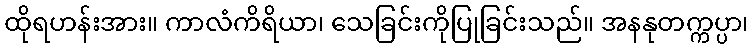
ထိုရဟန်းအား။ ကာလံကိရိယာ၊ သေခြင်းကိုပြုခြင်းသည်။ အနနုတက္ကပ္ပာ၊